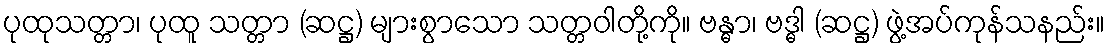
ပုထုသတ္တာ၊ ပုထူ သတ္တာ (ဆဋ္ဌ) များစွာသော သတ္တဝါတို့ကို။ ဗန္ဓာ၊ ဗဒ္ဓါ (ဆဋ္ဌ) ဖွဲ့အပ်ကုန်သနည်း။